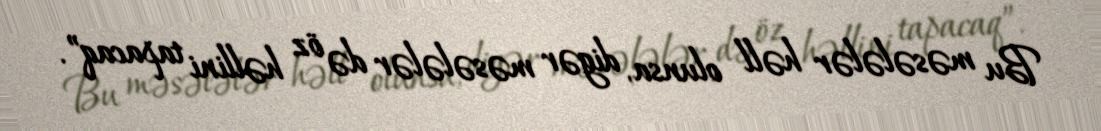
Bu məsələlər həll olunsa, digər məsələlər də öz həllini tapacaq”.